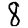
Digit: 8